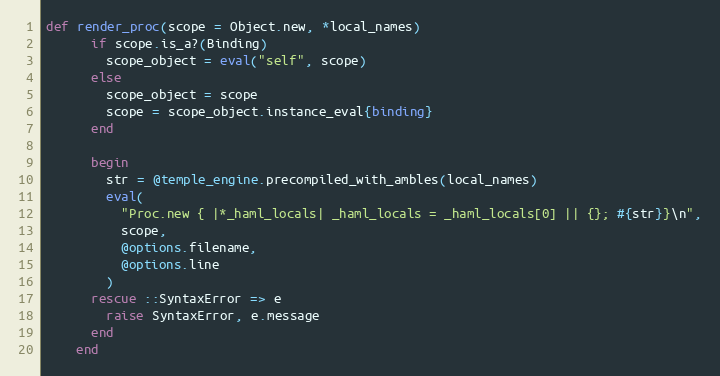
Language: Ruby
def render_proc(scope = Object.new, *local_names)
      if scope.is_a?(Binding)
        scope_object = eval("self", scope)
      else
        scope_object = scope
        scope = scope_object.instance_eval{binding}
      end

      begin
        str = @temple_engine.precompiled_with_ambles(local_names)
        eval(
          "Proc.new { |*_haml_locals| _haml_locals = _haml_locals[0] || {}; #{str}}\n",
          scope,
          @options.filename,
          @options.line
        )
      rescue ::SyntaxError => e
        raise SyntaxError, e.message
      end
    end